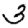
Digit: 3